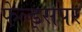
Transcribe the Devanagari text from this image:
फेल्ड्सपर